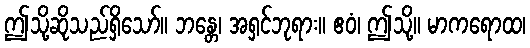
ဤသို့ဆိုသည်ရှိသော်။ ဘန္တေ၊ အရှင်ဘုရား။ ဧဝံ၊ ဤသို့။ မာကရောထ၊